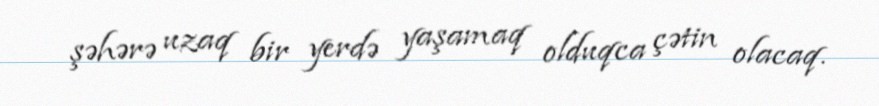
şəhərə uzaq bir yerdə yaşamaq olduqca çətin olacaq.